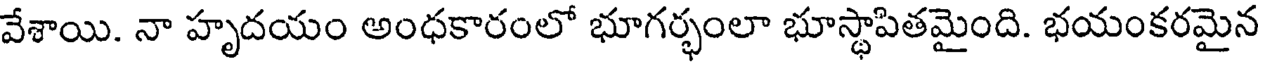
వేశాయి. నా హృదయం అంధకారంలో భూగర్భంలా భూస్థాపితమైంది. భయంకరమైన